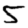
Digit: 5